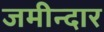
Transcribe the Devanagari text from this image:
जमीन्दार